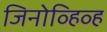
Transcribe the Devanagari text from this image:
जिनोव्हिव्ह